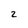
Character: 2